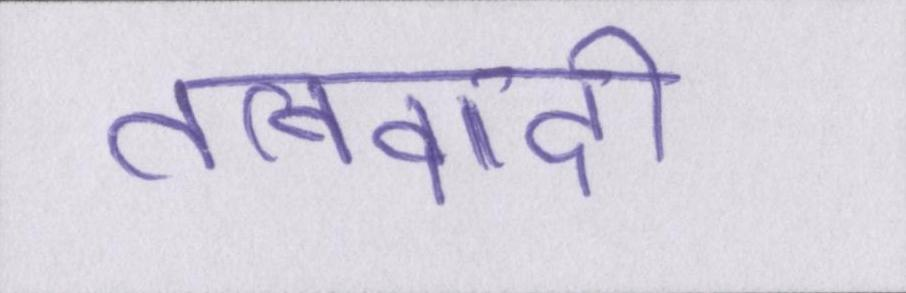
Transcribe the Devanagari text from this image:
तत्ववादी